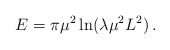
\begin{align*}E=\pi \mu ^{2}\ln (\lambda\mu^2L^2)\,.\end{align*}